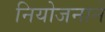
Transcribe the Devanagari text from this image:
नियोजनाने